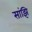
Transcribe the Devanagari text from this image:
सांझि